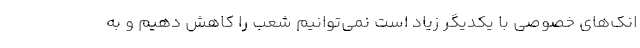
انک‌های خصوصی با یکدیگر زیاد است نمی‌توانیم شعب را کاهش دهیم و به